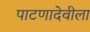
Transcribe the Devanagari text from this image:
पाटणादेवीला